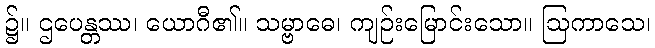
၌။ ဌပေန္တဿ၊ ယောဂီ၏။ သမ္ဗာဓေ၊ ကျဉ်းမြောင်းသော။ ဩကာသေ၊